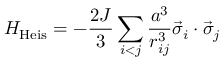
H _ { \mathrm { H e i s } } = - { \frac { 2 J } { 3 } } \sum _ { i < j } \frac { a ^ { 3 } } { r _ { i j } ^ { 3 } } \vec { \sigma } _ { i } \cdot \vec { \sigma } _ { j }